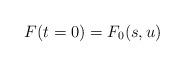
LaTeX: \begin{align*}F(t=0) = F_0(s, u) \end{align*}